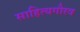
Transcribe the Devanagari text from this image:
साहित्यगौरव